Plague in India, 1896, 1897 - Volume 1
Year: 1896
Disease focus: Plague
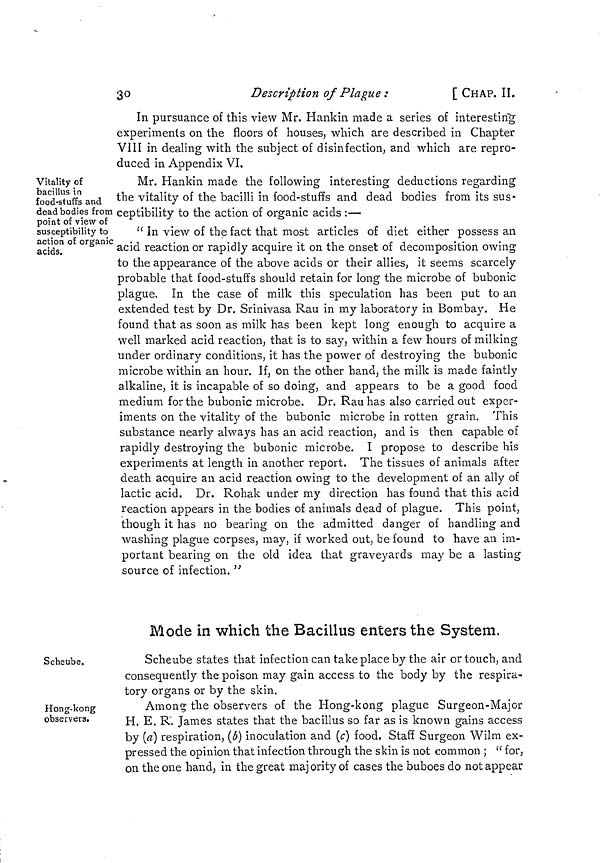
30
Description of Plague :
[ CHAP. II.
In pursuance of this view Mr. Hankin made a series of interesting
experiments on the floors of houses, which are described in Chapter
VIII in dealing with the subject of disinfection, and which are repro-
duced in Appendix VI.
Vitality of
bacillus in
food-stuffs and
dead bodies from
point of view of
susceptibility to
action of organic
acids.
Mr. Hankin made the following interesting deductions regarding
the vitality of the bacilli in food-stuffs and dead bodies from its sus-
ceptibility to the action of organic acids :—
" In view of the fact that most articles of diet either possess an
acid reaction or rapidly acquire it on the onset of decomposition owing
to the appearance of the above acids or their allies, it seems scarcely
probable that food-stuffs should retain for long the microbe of bubonic
plague. In the case of milk this speculation has been put to an
extended test by Dr. Srinivasa Rau in my laboratory in Bombay. He
found that as soon as milk has been kept long enough to acquire a
well marked acid reaction, that is to say, within a few hours of milking
under ordinary conditions, it has the power of destroying the bubonic
microbe within an hour. If, on the other hand, the milk is made faintly
alkaline, it is incapable of so doing, and appears to be a good food
medium for the bubonic microbe. Dr. Rau has also carried out exper-
iments on the vitality of the bubonic microbe in rotten grain. This
substance nearly always has an acid reaction, and is then capable of
rapidly destroying the bubonic microbe. I propose to describe his
experiments at length in another report. The tissues of animals after
death acquire an acid reaction owing to the development of an ally of
lactic acid. Dr. Rohak under my direction has found that this acid
reaction appears in the bodies of animals dead of plague. This point,
though it has no bearing on the admitted danger of handling and
washing plague corpses, may, if worked out, be found to have an im-
portant bearing on the old idea that graveyards may be a lasting
source of infection. "
Mode in which the Bacillus enters the System.
Scheube.
Scheube states that infection can take place by the air or touch, and
consequently the poison may gain access to the body by the respira-
tory organs or by the skin.
Hong-kong
observers.
Among the observers of the Hong-kong plague Surgeon-Major
H. E. R. James states that the bacillus so far as is known gains access
by (a) respiration, (b) inoculation and (c) food. Staff Surgeon Wilm ex-
pressed the opinion that infection through the skin is not common ; " for,
on the one hand, in the great majority of cases the buboes do not appear